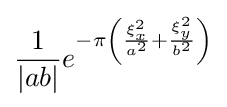
{\frac {1}{|ab|}}e^{-\pi \left({\frac {\xi _{x}^{2}}{a^{2}}}+{\frac {\xi _{y}^{2}}{b^{2}}}\right)}